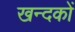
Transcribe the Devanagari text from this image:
खन्दकों